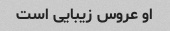
او عروس زیبایی است